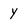
Character: Y